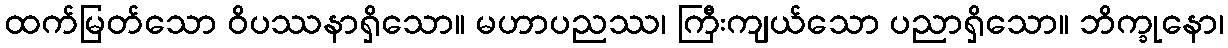
ထက်မြတ်သော ဝိပဿနာရှိသော။ မဟာပညဿ၊ ကြီးကျယ်သော ပညာရှိသော။ ဘိက္ခုနော၊